Black-water fever - Number 35
Disease focus: Fever
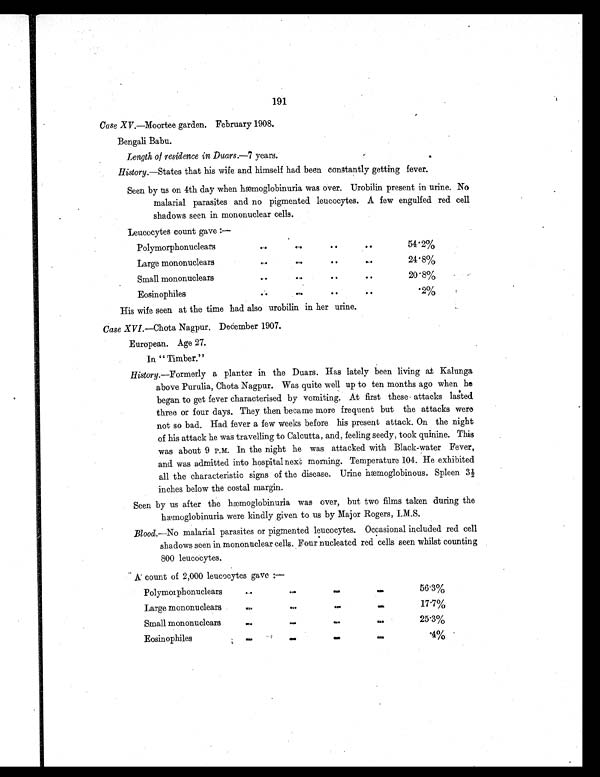
191
Case XV.—Moortee garden. February 1908.
Bengali Babu.
Length of residence in Duars.—7 years.
History.—States that his wife and himself had been constantly getting fever.
Seen by us on 4th day when hæmoglobinuria was over. Urobilin present in urine. No
malarial parasites and no pigmented leucocytes. A few engulfed red cell
shadows seen in mononuclear cells.
Leucocytes count gave :—
Polymorphonuclears
..
..
..
. .
54.2%
Large mononuclears
..
..
..
. . .
24.8%
Small mononuclears
..
..
..
..
20.8%
Eosinophiles
..
..
..
. .
2%
His wife seen at the time had also urobilin in her urine.
Case XVI. —Chota Nagpur, December 1907.
European. Age 27.
In " Timber."
History.—Formerly a planter in the Duars. Has lately been living at Kalunga
above Purulia, Chota Nagpur. Was quite well up to ten months ago when he
began to get fever characterised by vomiting. At first these . attacks lasted
three or four days. They then became more frequent but the attacks were
not so bad. Had fever a few weeks before his present attack. On the night
of his attack he was travelling to Calcutta, and, feeling seedy, took quinine. This
was about 9 P.M. In the night he was attacked with Black-water Fever,
and was admitted into hospital next morning. Temperature 104. He exhibited
all the characteristic signs of the disease. Urine hæmoglobinous. Spleen 3½
inches below the costal margin.
Seen by us after the hæmoglobinuria was over, but two films taken during the
hæmoglobinuria were kindly given to us by Major Rogers, I.M.S.
Blood. —No malarial parasites or pigmented leucocytes. Occasional included red cell
shadows seen in mononuclear cells. Four nucleated red cells seen whilst counting
800 leucocytes.
A count of 2,000 leucocytes gave :–
Polymoiphonuclears
..
..
..
. .
56.3%
Large mononuclears
..
..
..
. .
17.7%
Small mononuclears
..
..
..
. .
25.3%
Eosinophiles
.. .. .. ..
.4%